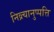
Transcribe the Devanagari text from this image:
निव्र्त्यानुप्पत्ति